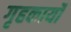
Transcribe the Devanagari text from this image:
गृहकार्यों